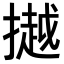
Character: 𢵼